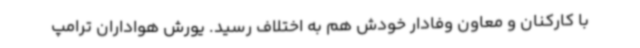
با کارکنان و معاون وفادار خودش هم به اختلاف رسید. یورش هواداران ترامپ